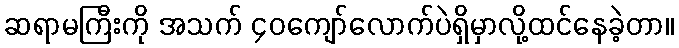
ဆရာမကြီးကို အသက် ၄၀ကျော်လောက်ပဲရှိမှာလို့ထင်နေခဲ့တာ။